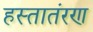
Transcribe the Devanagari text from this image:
हस्तातंरण